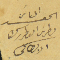
الياس الحويك بطرس البطريرك الانطاكى